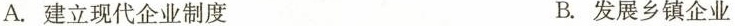
A.建立现代企业制度 B.发展乡镇企业